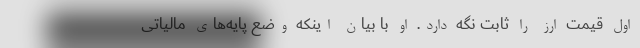
اول قیمت ارز را ثابت نگه دارد. او با بیان اینکه وضع پایه‌های مالیاتی